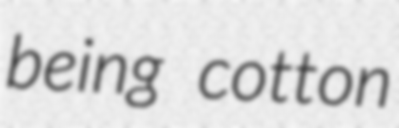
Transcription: being cotton